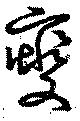
燮